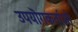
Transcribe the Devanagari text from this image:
उपयॊगकर्ताओ